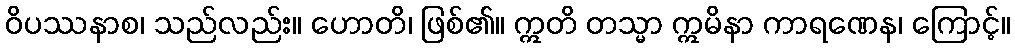
ဝိပဿနာစ၊ သည်လည်း။ ဟောတိ၊ ဖြစ်၏။ ဣတိ တသ္မာ ဣမိနာ ကာရဏေန၊ ကြောင့်။